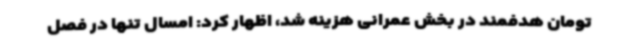
تومان هدفمند در بخش عمرانی هزینه شد، اظهار کرد: امسال تنها در فصل